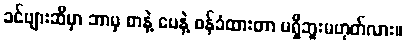
ခင်ဗျားဆီမှာ ဘာမှ စာနဲ့ ပေနဲ့ ဝန်ခံထားတာ မရှိဘူးမဟုတ်လား။